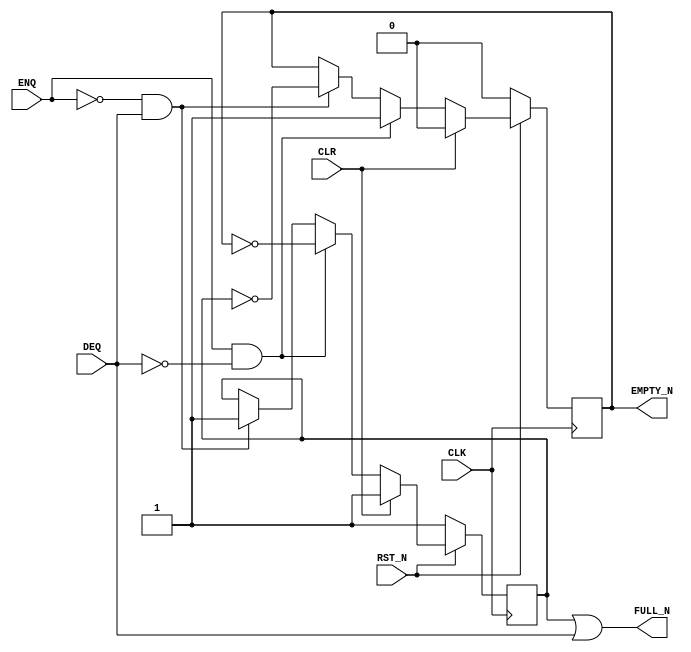

// Copyright (c) 2000-2009 Bluespec, Inc.

// Permission is hereby granted, free of charge, to any person obtaining a copy
// of this software and associated documentation files (the "Software"), to deal
// in the Software without restriction, including without limitation the rights
// to use, copy, modify, merge, publish, distribute, sublicense, and/or sell
// copies of the Software, and to permit persons to whom the Software is
// furnished to do so, subject to the following conditions:

// The above copyright notice and this permission notice shall be included in
// all copies or substantial portions of the Software.

// THE SOFTWARE IS PROVIDED "AS IS", WITHOUT WARRANTY OF ANY KIND, EXPRESS OR
// IMPLIED, INCLUDING BUT NOT LIMITED TO THE WARRANTIES OF MERCHANTABILITY,
// FITNESS FOR A PARTICULAR PURPOSE AND NONINFRINGEMENT. IN NO EVENT SHALL THE
// AUTHORS OR COPYRIGHT HOLDERS BE LIABLE FOR ANY CLAIM, DAMAGES OR OTHER
// LIABILITY, WHETHER IN AN ACTION OF CONTRACT, TORT OR OTHERWISE, ARISING FROM,
// OUT OF OR IN CONNECTION WITH THE SOFTWARE OR THE USE OR OTHER DEALINGS IN
// THE SOFTWARE.
//
// $Revision: 17872 $
// $Date: 2009-09-18 14:32:56 +0000 (Fri, 18 Sep 2009) $

`ifdef BSV_ASSIGNMENT_DELAY
`else
`define BSV_ASSIGNMENT_DELAY
`endif


// Depth 2 FIFO  Data width 0, loopy
module FIFOL20(CLK, 
               RST_N, 
               ENQ, 
               FULL_N, 
               DEQ, 
               EMPTY_N, 
               CLR
               );
   input  RST_N;
   input  CLK;
   input  ENQ;
   input  CLR;
   input  DEQ;

   output FULL_N;
   output EMPTY_N;

   reg    empty_reg;
   reg    full_reg;

   assign FULL_N  = full_reg || DEQ;
   assign EMPTY_N = empty_reg ;
   
`ifdef BSV_NO_INITIAL_BLOCKS
`else // not BSV_NO_INITIAL_BLOCKS
   // synopsys translate_off
   initial 
     begin
        empty_reg = 1'b0 ;
        full_reg  = 1'b1 ;
     end // initial begin
   // synopsys translate_on  
`endif // BSV_NO_INITIAL_BLOCKS

   always@(posedge CLK /* or negedge RST_N */) 
     begin
        if (!RST_N) 
          begin
             empty_reg <= `BSV_ASSIGNMENT_DELAY 1'b0;
             full_reg  <= `BSV_ASSIGNMENT_DELAY 1'b1;
          end // if (RST_N == 0)
        else
           begin
              if (CLR) 
                begin
                   empty_reg <= `BSV_ASSIGNMENT_DELAY 1'b0;
                   full_reg  <= `BSV_ASSIGNMENT_DELAY 1'b1;
                end 
              else if (ENQ && !DEQ) 
                begin
                   empty_reg <= `BSV_ASSIGNMENT_DELAY 1'b1;
                   full_reg  <= `BSV_ASSIGNMENT_DELAY ! empty_reg;
                end 
              else if (!ENQ && DEQ) 
                begin
                   full_reg  <= `BSV_ASSIGNMENT_DELAY 1'b1;
                   empty_reg <= `BSV_ASSIGNMENT_DELAY ! full_reg;
                end // if (!ENQ && DEQ)
           end // else: !if(RST_N == 0)
     end // always@ (posedge CLK or negedge RST_N)

   // synopsys translate_off
   always@(posedge CLK)
     begin: error_checks
        reg deqerror, enqerror ;
        
        deqerror =  0;
        enqerror = 0;
        if ( RST_N )
          begin
             if ( ! empty_reg && DEQ )
               begin
                  deqerror = 1 ;             
                  $display( "Warning: FIFO20: %m -- Dequeuing from empty fifo" ) ;
               end
             if ( ! full_reg && ENQ && !DEQ )
               begin
                  enqerror =  1 ;             
                  $display( "Warning: FIFO20: %m -- Enqueuing to a full fifo" ) ;
               end
          end // if ( RST_N )        
     end
   // synopsys translate_on
   
endmodule